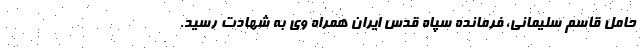
حامل قاسم سلیمانی، فرمانده سپاه قدس ایران همراه وی به شهادت رسید.